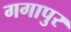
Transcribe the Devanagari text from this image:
गगापुर